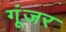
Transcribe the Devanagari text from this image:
गूंजर